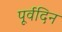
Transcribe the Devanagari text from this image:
पूर्वदिन